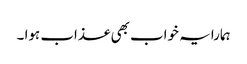
ہمارا یہ خواب بھی عذاب ہوا ۔